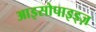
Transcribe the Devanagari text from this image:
आइसोपाइड्ज़